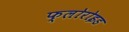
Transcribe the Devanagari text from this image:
फ्लोरोइड